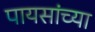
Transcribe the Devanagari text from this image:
पायसांच्या